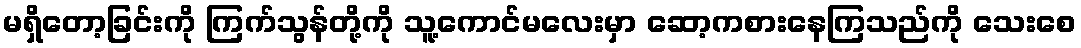
မရှိတော့ခြင်းကို ကြက်သွန်တို့ကို သူ့ကောင်မလေးမှာ ဆော့ကစားနေကြသည်ကို သေးစေ